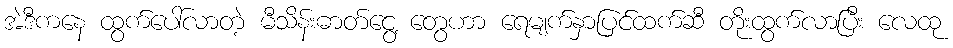
အဲဒီကနေ ထွက်ပေါ်လာတဲ့ မီသိန်းဓာတ်ငွေ့ တွေဟာ ရေမျက်နှာပြင်ထက်ဆီ တိုးထွက်လာပြီး လေထု